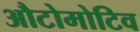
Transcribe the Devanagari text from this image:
औटोमोटिव